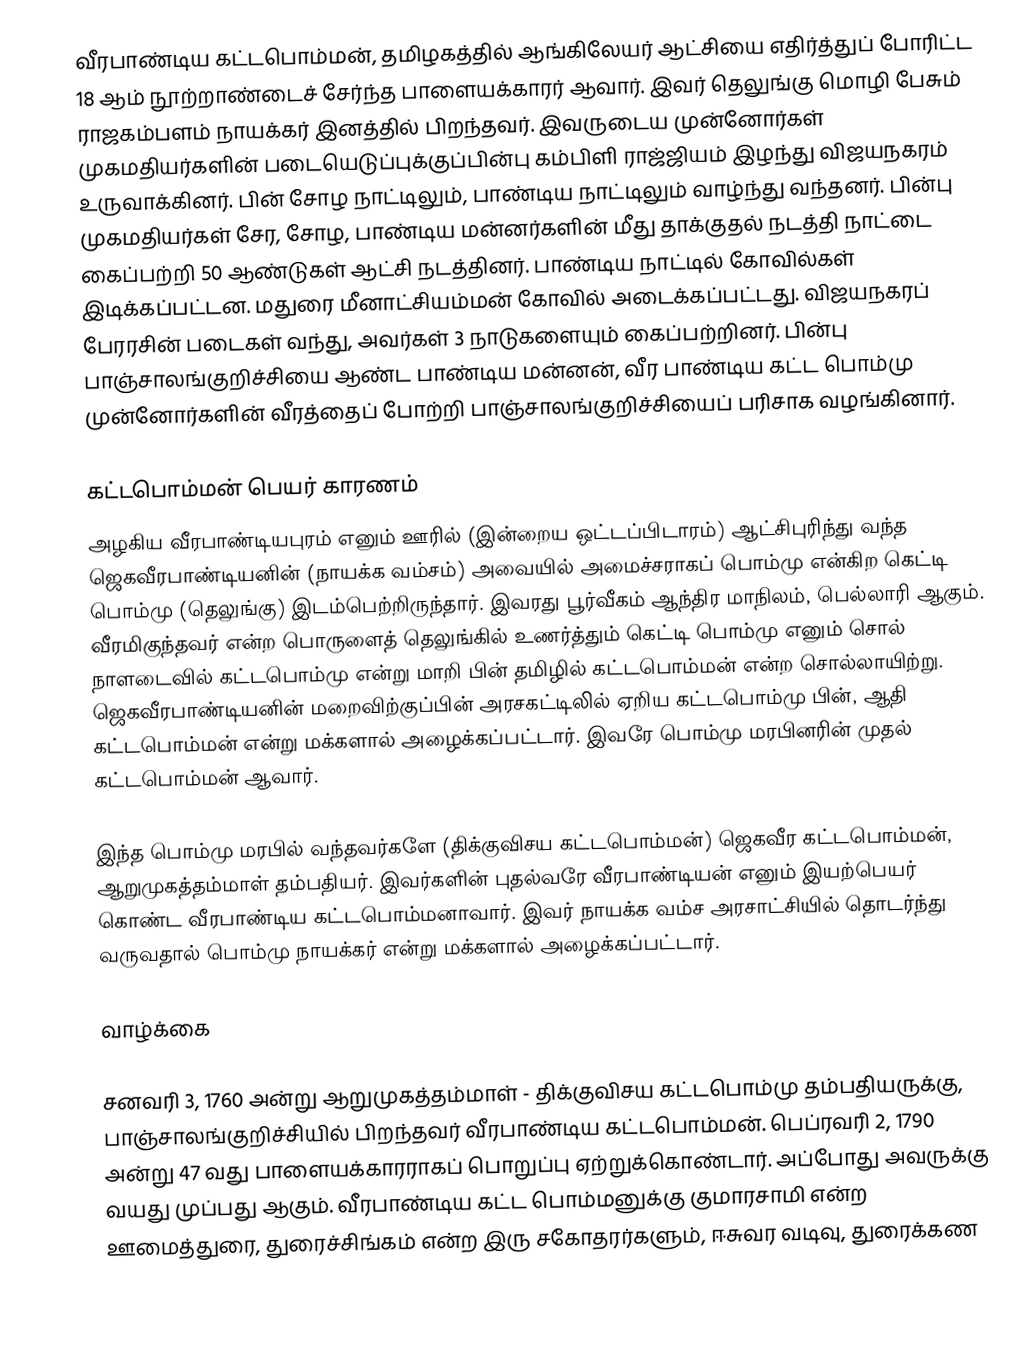
வீரபாண்டிய கட்டபொம்மன், தமிழகத்தில் ஆங்கிலேயர் ஆட்சியை எதிர்த்துப் போரிட்ட 18 ஆம் நூற்றாண்டைச் சேர்ந்த பாளையக்காரர்  ஆவார். இவர் தெலுங்கு மொழி பேசும் ராஜகம்பளம் நாயக்கர் இனத்தில் பிறந்தவர். இவருடைய முன்னோர்கள் முகமதியர்களின் படையெடுப்புக்குப்பின்பு கம்பிளி ராஜ்ஜியம் இழந்து விஜயநகரம் உருவாக்கினர். பின் சோழ நாட்டிலும், பாண்டிய நாட்டிலும் வாழ்ந்து வந்தனர். பின்பு முகமதியர்கள் சேர, சோழ, பாண்டிய மன்னர்களின் மீது தாக்குதல் நடத்தி நாட்டை கைப்பற்றி 50 ஆண்டுகள் ஆட்சி நடத்தினர். பாண்டிய நாட்டில் கோவில்கள் இடிக்கப்பட்டன. மதுரை மீனாட்சியம்மன் கோவில் அடைக்கப்பட்டது.  விஜயநகரப் பேரரசின் படைகள் வந்து, அவர்கள் 3 நாடுகளையும்  கைப்பற்றினர். பின்பு பாஞ்சாலங்குறிச்சியை ஆண்ட பாண்டிய மன்னன், வீர பாண்டிய கட்ட பொம்மு முன்னோர்களின் வீரத்தைப் போற்றி பாஞ்சாலங்குறிச்சியைப் பரிசாக வழங்கினார்.

கட்டபொம்மன் பெயர் காரணம்
அழகிய வீரபாண்டியபுரம் எனும் ஊரில் (இன்றைய ஒட்டப்பிடாரம்) ஆட்சிபுரிந்து வந்த ஜெகவீரபாண்டியனின் (நாயக்க வம்சம்) அவையில் அமைச்சராகப் பொம்மு என்கிற கெட்டி பொம்மு (தெலுங்கு) இடம்பெற்றிருந்தார். இவரது பூர்வீகம் ஆந்திர மாநிலம், பெல்லாரி ஆகும். வீரமிகுந்தவர் என்ற பொருளைத் தெலுங்கில் உணர்த்தும் கெட்டி பொம்மு எனும் சொல் நாளடைவில் கட்டபொம்மு என்று மாறி பின் தமிழில் கட்டபொம்மன் என்ற சொல்லாயிற்று. ஜெகவீரபாண்டியனின் மறைவிற்குப்பின் அரசகட்டிலில் ஏறிய கட்டபொம்மு பின், ஆதி கட்டபொம்மன் என்று மக்களால் அழைக்கப்பட்டார். இவரே பொம்மு மரபினரின் முதல் கட்டபொம்மன் ஆவார்.

இந்த பொம்மு மரபில் வந்தவர்களே (திக்குவிசய கட்டபொம்மன்) ஜெகவீர கட்டபொம்மன், ஆறுமுகத்தம்மாள் தம்பதியர். இவர்களின் புதல்வரே வீரபாண்டியன் எனும் இயற்பெயர் கொண்ட வீரபாண்டிய கட்டபொம்மனாவார். இவர் நாயக்க வம்ச அரசாட்சியில் தொடர்ந்து வருவதால் பொம்மு நாயக்கர் என்று மக்களால் அழைக்கப்பட்டார்.

வாழ்க்கை

சனவரி 3, 1760 அன்று ஆறுமுகத்தம்மாள் - திக்குவிசய கட்டபொம்மு தம்பதியருக்கு, பாஞ்சாலங்குறிச்சியில் பிறந்தவர் வீரபாண்டிய கட்டபொம்மன். பெப்ரவரி 2, 1790 அன்று 47 வது பாளையக்காரராகப் பொறுப்பு ஏற்றுக்கொண்டார். அப்போது அவருக்கு வயது முப்பது ஆகும். வீரபாண்டிய கட்ட பொம்மனுக்கு குமாரசாமி என்ற ஊமைத்துரை, துரைச்சிங்கம் என்ற இரு சகோதரர்களும், ஈசுவர வடிவு, துரைக்கண